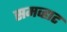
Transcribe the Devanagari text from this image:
समव्हाट